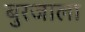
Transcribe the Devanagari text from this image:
बुरजाला